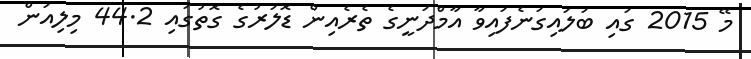
މޭ 2015 ގައި ބަލައިގަނެފައިވާ އާމްދަނީގެ ތެރެއިން ޑޮލަރުގެ ގޮތުގައި 44.2 މިލިއަން